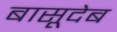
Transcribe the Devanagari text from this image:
बासूदेब